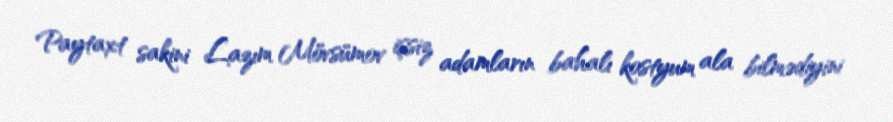
Paytaxt sakini Lazım Mövsümov işsiz adamların bahalı kostyum ala bilmədiyini